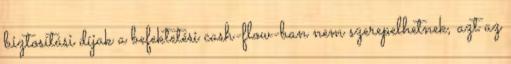
biztosítási díjak a befektetési cash-flow-ban nem szerepelhetnek, azt az